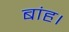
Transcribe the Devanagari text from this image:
बांह।